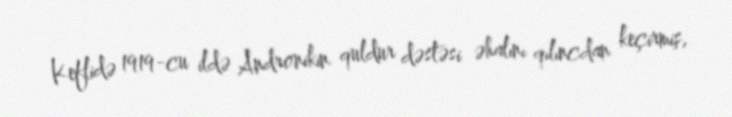
Keflidə 1919-cu ildə Andronikin quldur dəstəsi əhalını qılıncdan keçirmiş,